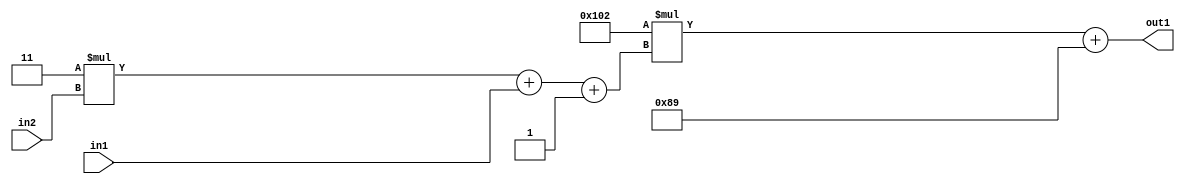
`timescale 1ps / 1ps
/*****************************************************************************
    Verilog RTL Description
    
    
    Created by: Stratus DpOpt 2019.1.01 
*******************************************************************************/

module DC_Filter_Add2i137Mul2i258Add3i1u1Mul2i3u2_4 (
	in2,
	in1,
	out1
	); /* architecture "behavioural" */ 
input [1:0] in2;
input  in1;
output [11:0] out1;
wire [11:0] asc001;
wire [3:0] asc002;

wire [3:0] asc002_tmp_0;
wire [3:0] asc002_tmp_1;
assign asc002_tmp_1 = 
	+(4'B0011 * in2);
assign asc002_tmp_0 = asc002_tmp_1
	+(in1);
assign asc002 = asc002_tmp_0
	+(4'B0001);

wire [11:0] asc001_tmp_2;
assign asc001_tmp_2 = 
	+(12'B000100000010 * asc002);
assign asc001 = asc001_tmp_2
	+(12'B000010001001);

assign out1 = asc001;
endmodule

/* CADENCE  vrP2Tw8= : u9/ySgnWtBlWxVPRXgAZ4Og= ** DO NOT EDIT THIS LINE ******/